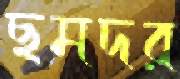
ছমদর